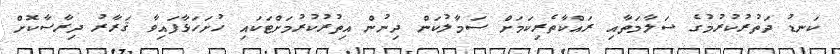
ކަނޑު ދަތުރުކުރުމުގެ ސަލާމަތާއި ރައްކާތެރިކަމަށް ސަމާލުކަން ދިނުން އިތުރުކުރުމަށްޓަކައި ހުށަހަޅާފައިވާ ޤަރާރު ދިރާސާކޮށް